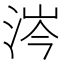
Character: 涔